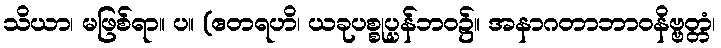
သိယာ၊ မဖြစ်ရာ။ ပ။ (ဧတရဟိ၊ ယခုပစ္စုပ္ပန်ဘဝ၌။ အနာဂတာဘာဝနိဗ္ဗတ္တံ၊